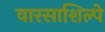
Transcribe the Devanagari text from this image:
वारसाशिल्पे